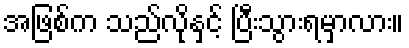
အဖြစ်က သည်လိုနှင့် ပြီးသွားရမှာလား။